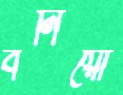
বনিয়ো